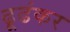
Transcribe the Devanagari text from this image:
ढूढंकर